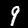
Label: 9